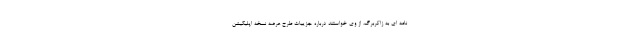
نامه ای به زاکربرگ، از وی خواستند درباره جزییات طرح عرضه نسخه اپلیکیشن